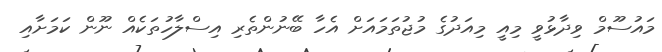
މައުސޫމް ވިދާޅުވީ މިއީ މިއަދުގެ މުޖުތަމައަށް އެހާ ބޭނުންތެރި އިސްލާހުތަކެއް ނޫން ކަމަށާއި